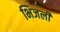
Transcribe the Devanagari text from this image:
भिजली